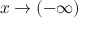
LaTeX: x \to ( - \infty )